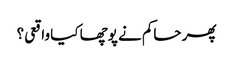
پھر حاکم نے پوچھا کیا واقعی؟